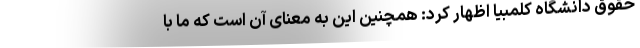
حقوق دانشگاه کلمبیا اظهار کرد: همچنین این به معنای آن است که ما با